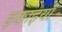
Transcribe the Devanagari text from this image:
इकाइयांँ